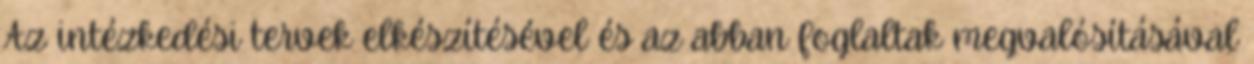
Az intézkedési tervek elkészítésével és az abban foglaltak megvalósításával